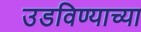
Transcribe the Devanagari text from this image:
उडविण्याच्या